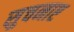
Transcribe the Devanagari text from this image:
सुचनाए